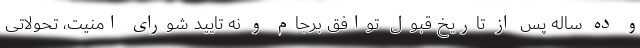
و ده ساله پس از تاریخ قبول توافق برجام و نه تایید شورای امنیت، تحولاتی